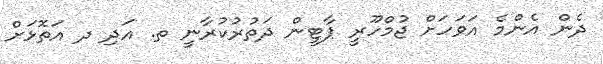
ދެން އެންމެ އަވަހަށް ޖުމްހޫރީ ޕާޓީން ދަތުރުކުރާނީ ތ. އަދި ދ އަތޮޅަށް